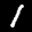
Label: 1